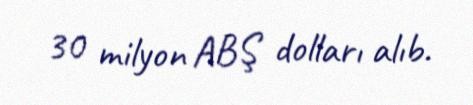
30 milyon ABŞ dolları alıb.